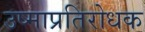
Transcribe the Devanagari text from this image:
उष्माप्रतिरोधक